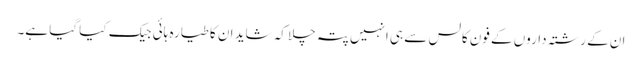
ان کے رشتہ داروں کے فون کالس سے ہی انہیں پتہ چلا کہ شاید ان کا طیارہ ہائی جیک کیا گیا ہے۔